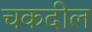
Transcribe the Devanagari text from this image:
चकदील